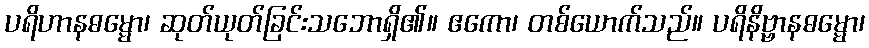
ပရိဟာနဓမ္မော၊ ဆုတ်ယုတ်ခြင်းသဘောရှိ၏။ ဧကော၊ တစ်ယောက်သည်။ ပရိနိဗ္ဗာနဓမ္မော၊